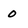
Character: O